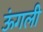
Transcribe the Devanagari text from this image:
ऊंगली